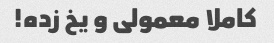
کاملا معمولی و یخ زده!